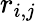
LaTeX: r_{i,j}